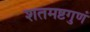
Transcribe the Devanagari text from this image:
शतमष्टगुणं